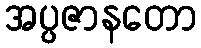
အပ္ပဇာနတော